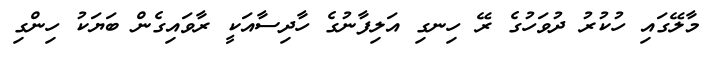
މާލޭގައި ހުކުރު ދުވަހުގެ ރޭ ހިނގި އަލިފާނުގެ ހާދިސާއަކީ ރާވައިގެން ބަޔަކު ހިންގި